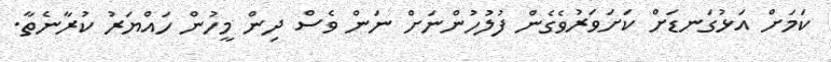
ކަމަށް އަޅުގަނޑަށް ކަށަވަރުވެގެން ފުލުހުންނަށް ނަން ވެސް ދިން މީހުން ހައްޔަރު ކުރާނެތާ.